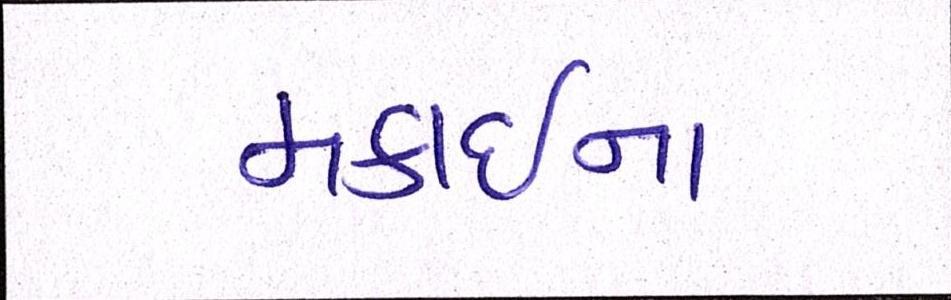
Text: મકાઈના